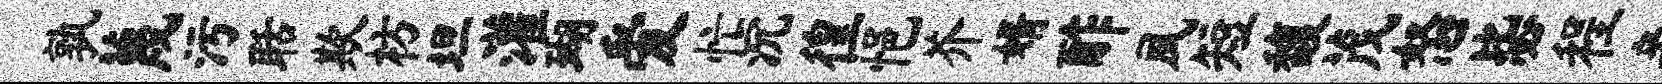
孰蔑污聒欺枋坦灌瑚爱忙沉徨悒芥婿酢夙短馥茂怒毖程妾